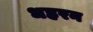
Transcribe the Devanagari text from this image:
धहरन